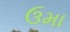
ઉમા